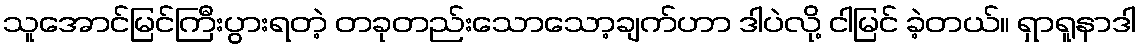
သူအောင်မြင်ကြီးပွားရတဲ့ တခုတည်းသောသော့ချက်ဟာ ဒါပဲလို့ ငါမြင် ခဲ့တယ်။ ရှာရူနာဒါ